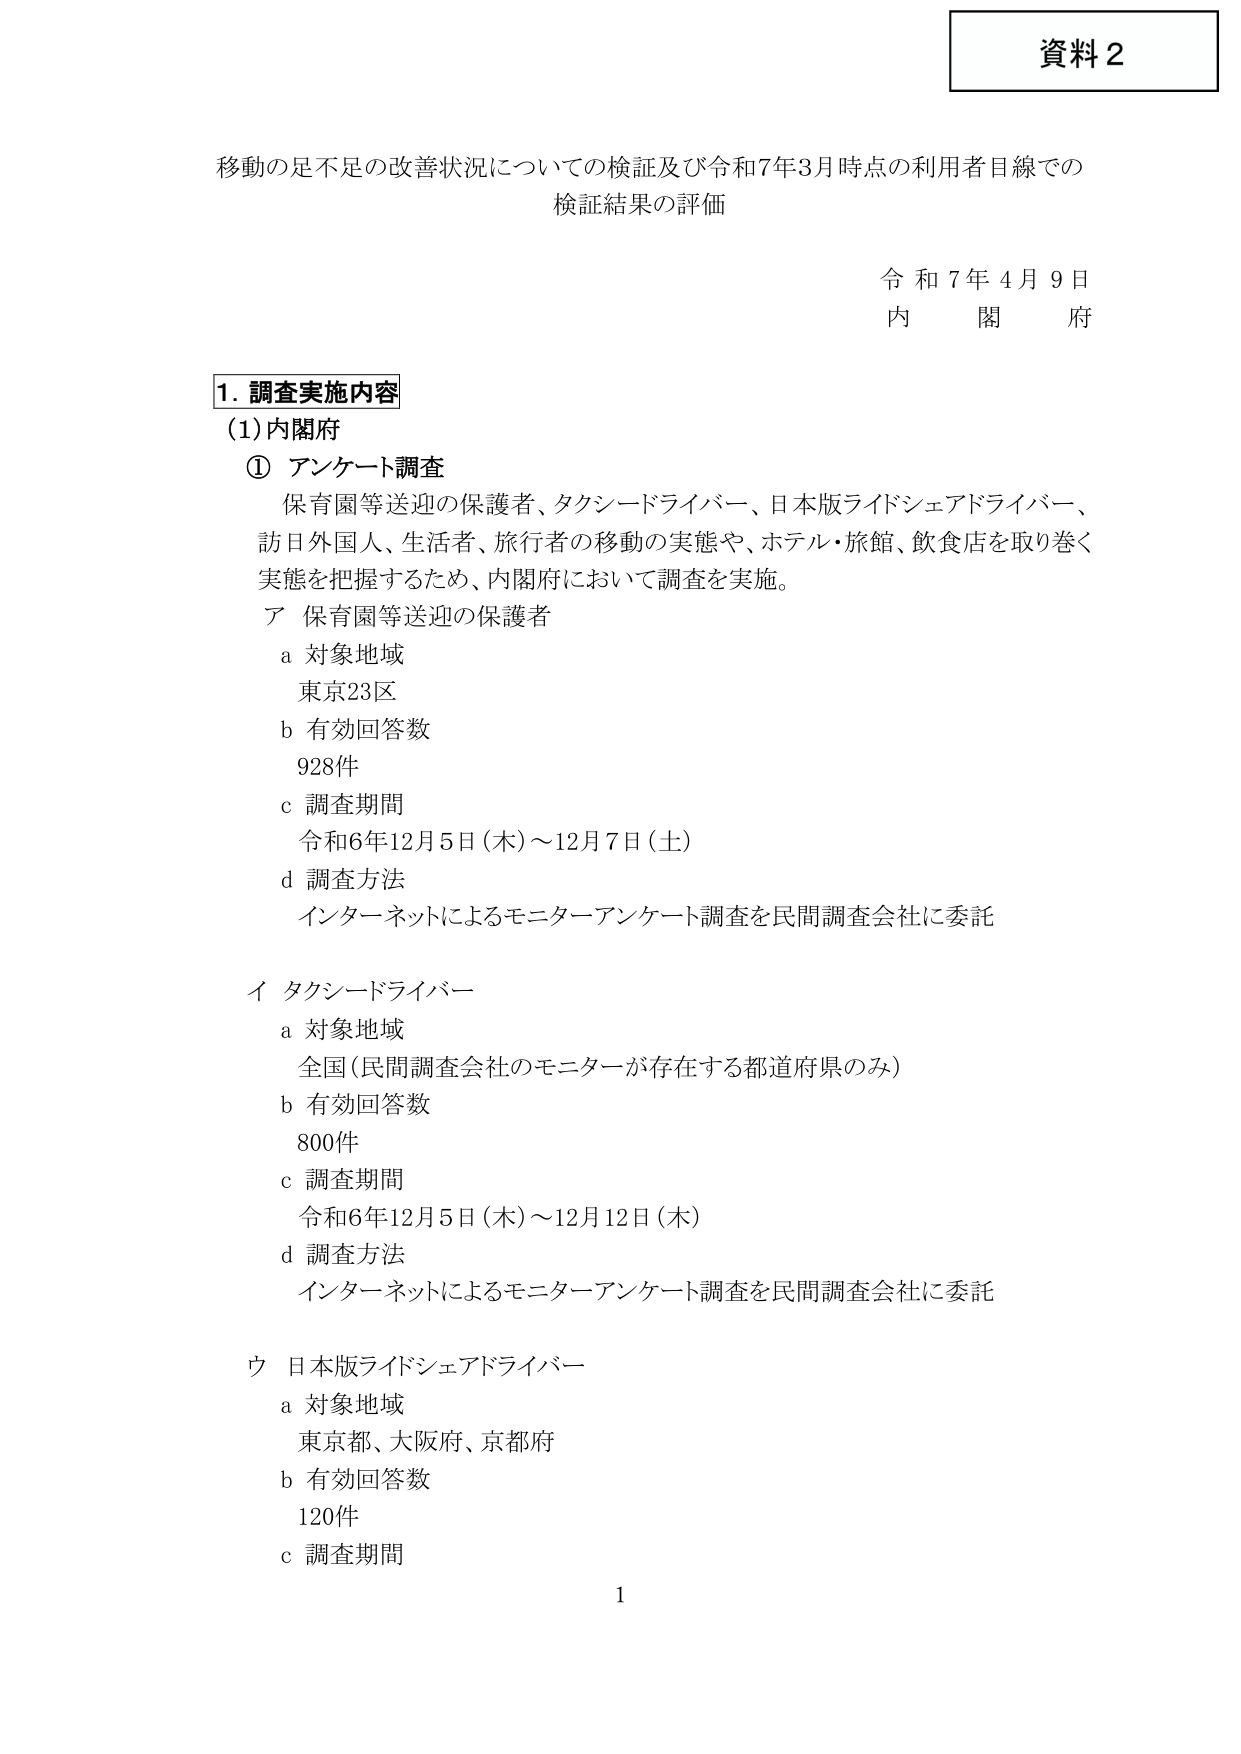
資料２

移動の足不足の改善状況についての検証及び令和7年3月時点の利用者目線での
検証結果の評価

令和7年4月9日
内閣府

1. 調査実施内容
(1) 内閣府
① アンケート調査
保育園等送迎の保護者、タクシードライバー、日本版ライドシェアドライバー、
訪日外国人、生活者、旅行者の移動の実態や、ホテル・旅館、飲食店を取り巻く
実態を把握するため、内閣府において調査を実施。
ア 保育園等送迎の保護者
a 対象地域
東京23区
b 有効回答数
928件
c 調査期間
令和6年12月5日（木）～12月7日（土）
d 調査方法
インターネットによるモニターアンケート調査を民間調査会社に委託

イ タクシードライバー
a 対象地域
全国（民間調査会社のモニターが存在する都道府県のみ）
b 有効回答数
800件
c 調査期間
令和6年12月5日（木）～12月12日（木）
d 調査方法
インターネットによるモニターアンケート調査を民間調査会社に委託

ウ 日本版ライドシェアドライバー
a 対象地域
東京都、大阪府、京都府
b 有効回答数
120件
c 調査期間

1